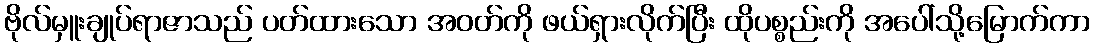
ဗိုလ်မှူးချုပ်ရာဇာသည် ပတ်ထားသော အဝတ်ကို ဖယ်ရှားလိုက်ပြီး ထိုပစ္စည်းကို အပေါ်သို့မြောက်ကာ